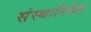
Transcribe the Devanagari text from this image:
संस्थानिकेत